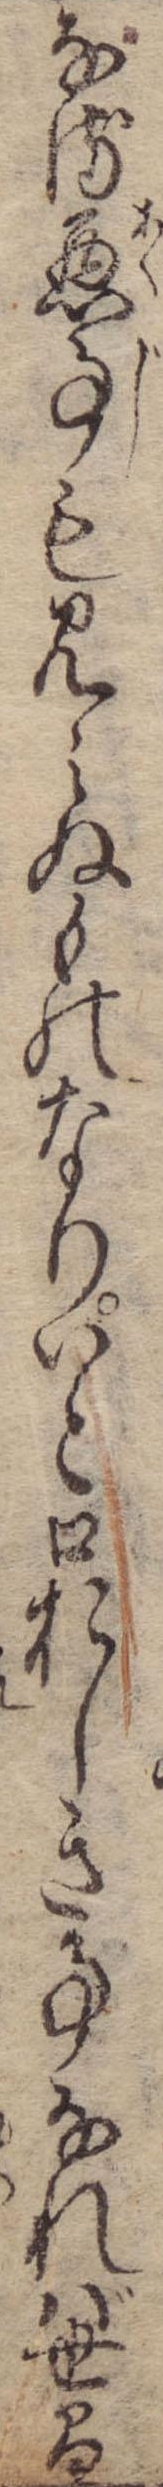
なる悪事も見えぬものなりいと口おしき事なれば世間